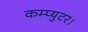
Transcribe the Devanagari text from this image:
कम्प्युटर।